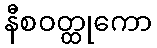
နီစဝတ္ထုကော